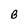
Character: B